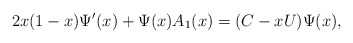
\begin{align*}2x(1-x)\Psi'(x)+\Psi(x)A_1(x)=(C-xU)\Psi(x),\end{align*}